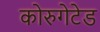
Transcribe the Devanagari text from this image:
कोरुगेटेड